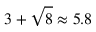
3 + { \sqrt { 8 } } \approx 5 . 8